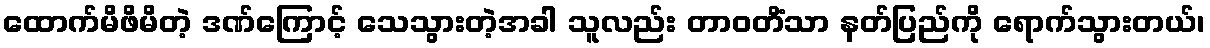
ထောက်မိဖိမိတဲ့ ဒဏ်ကြောင့် သေသွားတဲ့အခါ သူလည်း တာဝတိံသာ နတ်ပြည်ကို ရောက်သွားတယ်၊